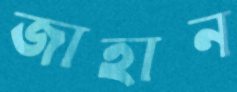
জাহান